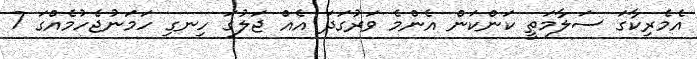
އެމެރިކާގަ ސަލާމަތީ ކަންކަން އެންމެ ވަރުގަދަ އެއް ޖަލުގަ ހިނގި ހަމަނުޖެހުމެއްގަ 7